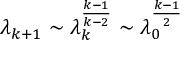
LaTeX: \lambda _ { k + 1 } \sim \lambda _ { k } ^ { \frac { k - 1 } { k - 2 } } \sim \lambda _ { 0 } ^ { \frac { k - 1 } { 2 } }